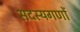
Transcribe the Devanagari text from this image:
सदस्यगणों